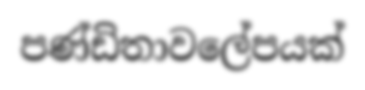
පණ්ඩිතාවලේපයක්